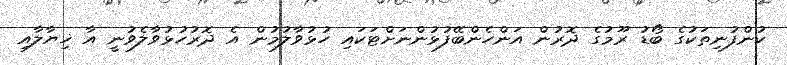
ކުންފުނިތަކުގެ ބޯޑު ރޫމުގެ ދޮރުން އަންހެންބޭފުޅުންނަށްޓަކައި ހުޅުވާލުމުން އެ ދޮރުހުޅުވާލެވުނީ އާ ޚިޔާލާއި